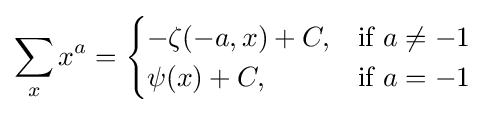
\sum _{x}x^{a}={\begin{cases}-\zeta (-a,x)+C,&{\text{if }}a\neq -1\\\psi (x)+C,&{\text{if }}a=-1\end{cases}}